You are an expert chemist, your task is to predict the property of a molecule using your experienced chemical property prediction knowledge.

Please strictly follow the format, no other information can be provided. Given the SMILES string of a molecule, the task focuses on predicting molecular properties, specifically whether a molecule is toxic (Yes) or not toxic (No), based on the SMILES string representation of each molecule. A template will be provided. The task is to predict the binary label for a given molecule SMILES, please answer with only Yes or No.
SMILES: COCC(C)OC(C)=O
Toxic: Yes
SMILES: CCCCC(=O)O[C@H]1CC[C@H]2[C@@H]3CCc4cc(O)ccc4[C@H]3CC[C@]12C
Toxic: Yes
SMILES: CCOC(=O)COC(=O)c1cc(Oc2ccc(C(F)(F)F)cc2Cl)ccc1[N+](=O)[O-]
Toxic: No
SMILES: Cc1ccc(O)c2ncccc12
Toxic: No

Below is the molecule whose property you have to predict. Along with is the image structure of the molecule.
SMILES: O=P([O-])(O)C(O)(Cc1cccnc1)P(=O)([O-])O
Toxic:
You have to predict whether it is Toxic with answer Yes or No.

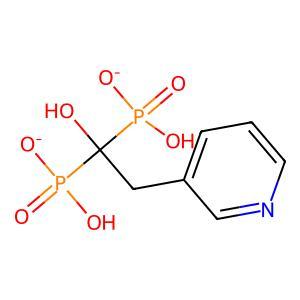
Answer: No